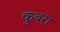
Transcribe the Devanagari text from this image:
कुबरा